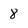
Character: 8